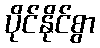
ပိုင်နိုင်စွာ